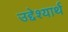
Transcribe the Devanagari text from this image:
उद्देश्यार्थ